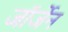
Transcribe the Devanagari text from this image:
जॉर्जेन